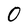
Character: O